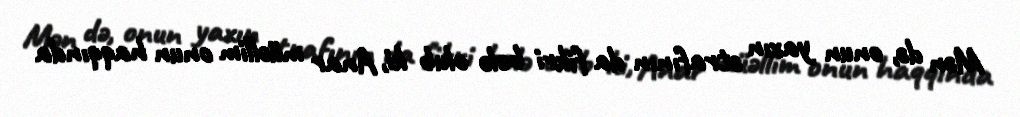
Mən də, onun yaxın ətrafının da fikri belə olub ki, Anar müəllim onun haqqında